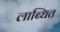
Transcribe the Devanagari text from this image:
लाब्धित